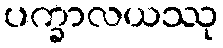
ပက္ခာလယဿု